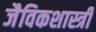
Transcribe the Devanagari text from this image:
जैविकशास्त्री